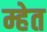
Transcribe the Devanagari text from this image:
म्हेत